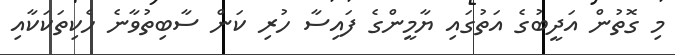
މި ގޮތުން އަދީބުގެ އަތުގައި ޔާމީންގެ ފައިސާ ހުރި ކަން ސާބިތުވާނެ ހެކިތަކަކާއި